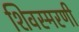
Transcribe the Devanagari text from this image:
शिवस्मरणी